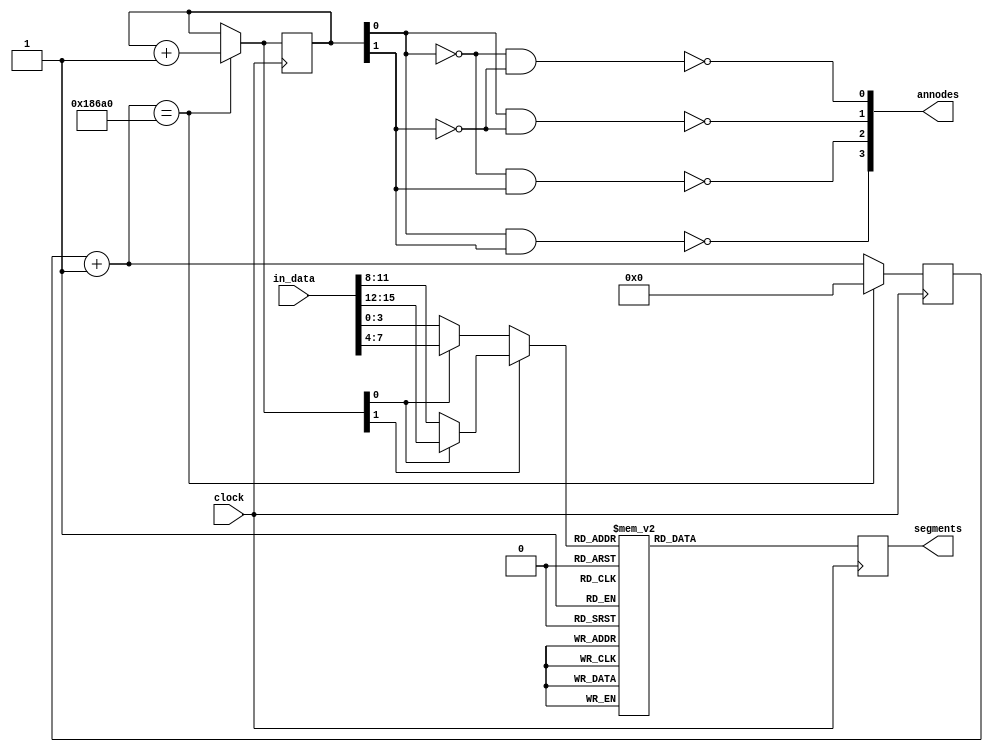
`timescale 1ns / 1ps

module seven_segment_decoder_hex_16(
    input clock,
    input [15:0] in_data,
    output reg [6:0] segments,
    output [3:0] annodes
    );

    parameter delay = 100000;
    reg [31:0] count = 0;
    reg [1:0] digit_select = 0;

    // select digit, activate high
    assign annodes[0] = ~(~digit_select[0] & ~digit_select[1]);
    assign annodes[1] = ~(digit_select[0] & ~digit_select[1]);
    assign annodes[2] = ~(~digit_select[0] & digit_select[1]);
    assign annodes[3] = ~(digit_select[0] & digit_select[1]);
    
    // encode digit, active low
    always @(negedge clock) begin
        count = count + 1;
        if (count == delay) begin
            count = 0;
            digit_select = digit_select + 1;
        end
        case(digit_select[1] ? (digit_select[0] ? in_data[15:12] : in_data[11:8]) : (digit_select[0] ? in_data[7:4] : in_data[3:0]))
            4'b0000: segments = 7'b0000001; // 0
            4'b0001: segments = 7'b1001111; // 1
            4'b0010: segments = 7'b0010010; // 2
            4'b0011: segments = 7'b0000110; // 3
            4'b0100: segments = 7'b1001100; // 4
            4'b0101: segments = 7'b0100100; // 5
            4'b0110: segments = 7'b0100000; // 6
            4'b0111: segments = 7'b0001111; // 7
            4'b1000: segments = 7'b0000000; // 8
            4'b1001: segments = 7'b0000100; // 9
            4'b1010: segments = 7'b0001000; // a
            4'b1011: segments = 7'b1100000; // b
            4'b1100: segments = 7'b0110001; // c
            4'b1101: segments = 7'b1000010; // d
            4'b1110: segments = 7'b0110000; // e
            4'b1111: segments = 7'b0111000; // f
            default: segments = 7'b1111111; // none
        endcase
    end
endmodule